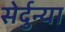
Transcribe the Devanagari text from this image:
सेर्दुन्या